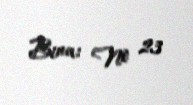
Bina: № 23